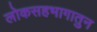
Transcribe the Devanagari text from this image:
लोकसहभागातुन